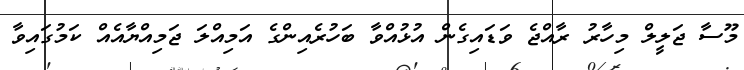
މޫސާ ޖަލީލް މިހާރު ރާއްޖެ ވަޑައިގެން އުޅުއްވާ ބަހުރެއިންގެ އަމިއްލަ ޖަމިއްޔާއެއް ކަމުގައިވާ